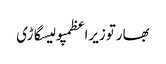
بھارتوزیراعظمپولیسگاڑی